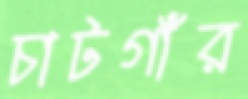
চাটগাঁর